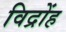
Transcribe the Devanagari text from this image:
विद्रोंह